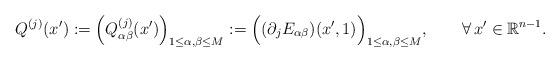
LaTeX: \begin{align*}Q^{(j)}(x'):=\Big(Q^{(j)}_{\alpha\beta}(x')\Big)_{1\leq\alpha,\beta\leq M}:=\Big((\partial_j E_{\alpha\beta})(x',1)\Big)_{1\leq\alpha,\beta\leq M},\qquad\forall\,x'\in{\mathbb{R}}^{n-1}.\end{align*}